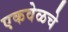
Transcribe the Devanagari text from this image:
एकवेळचे